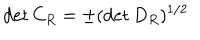
\det { C _ { R } } = \pm ( \det { D _ { R } } ) ^ { 1 / 2 }